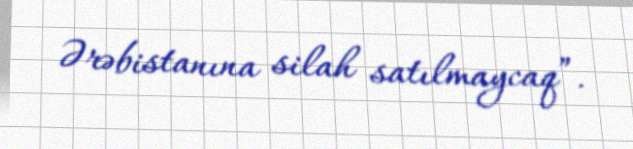
Ərəbistanına silah satılmaycaq”.